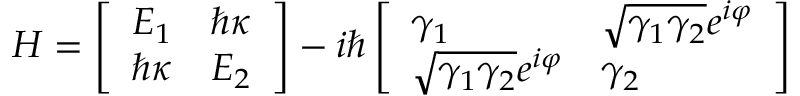
H = \left[ \begin{array} { l l } { E _ { 1 } } & { \hbar \kappa } \\ { \hbar \kappa } & { E _ { 2 } } \end{array} \right] - i \hbar \left[ \begin{array} { l l } { \gamma _ { 1 } } & { \sqrt { \gamma _ { 1 } \gamma _ { 2 } } e ^ { i \varphi } } \\ { \sqrt { \gamma _ { 1 } \gamma _ { 2 } } e ^ { i \varphi } } & { \gamma _ { 2 } } \end{array} \right]